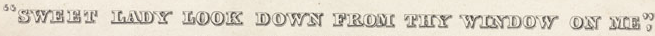
"SWEET LADY LOOK DOWN FROM THY WINDOW ON ME",